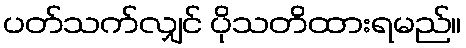
ပတ်သက်လျှင် ပိုသတိထားရမည်။